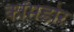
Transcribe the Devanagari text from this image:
कॉमडोर